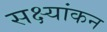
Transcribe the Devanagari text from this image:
सक्ष्यांकन